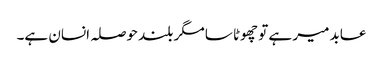
عابد میر ہے تو چھوٹا سا مگر بلند حوصلہ انسان ہے۔